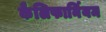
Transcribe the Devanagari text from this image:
कैलिफार्नियम